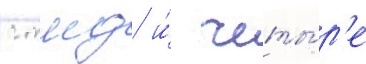
с тнд и́ четы́р'е